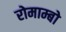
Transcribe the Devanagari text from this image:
रोमाम्बो